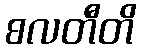
စလတီတိ